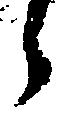
う